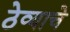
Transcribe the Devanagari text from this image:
ठेव्याचे